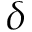
\delta